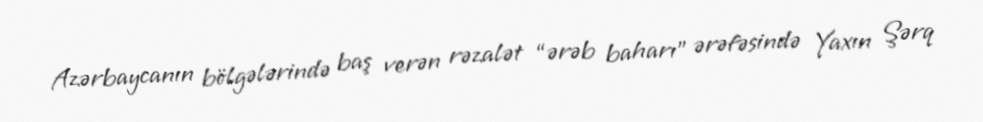
Azərbaycanın bölgələrində baş verən rəzalət “ərəb baharı” ərəfəsində Yaxın Şərq